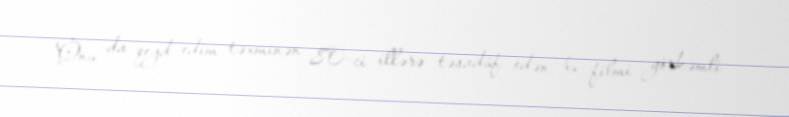
Onu da qeyd edim təxminən 80-ci illərə təsadüf edən bu filmi görkəmli